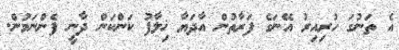
އެ ތަނުގަ ހުރިއިރު އޭނަގެ ފަރާތުން އާދަޔާ ޚިލާފު ކަންކަން ދާނީ ފެންނަމުން.